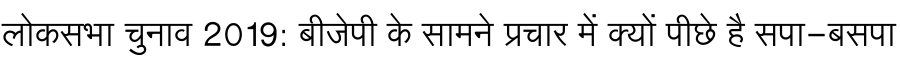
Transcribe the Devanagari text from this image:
लोकसभा चुनाव 2019: बीजेपी के सामने प्रचार में क्यों पीछे है सपा-बसपा